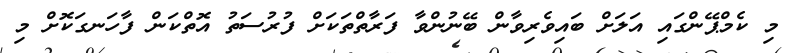
މި ކެމްޕޭންގައި އަލަށް ބައިވެރިވާން ބޭނުންވާ ފަރާތްތަކަށް ފުރުސަތު އޮތްކަން ފާހަނގަކޮށް މި